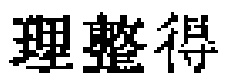
得整理